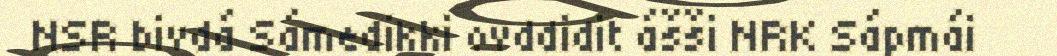
NSR bivdá Sámedikki ovddidit ášši NRK Sápmái